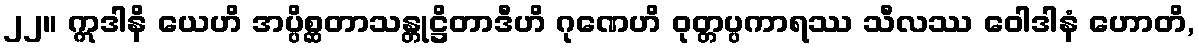
၂၂။ ဣဒါနိ ယေဟိ အပ္ပိစ္ဆတာသန္တုဋ္ဌိတာဒီဟိ ဂုဏေဟိ ဝုတ္တပ္ပကာရဿ သီလဿ ဝေါဒါနံ ဟောတိ,